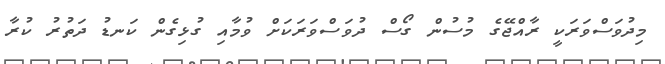
މިދުވަސްވަރަކީ ރާއްޖޭގެ މުސުން ގޯސް ދުވަސްވަރަކަށް ވުމާއި ގުޅިގެން ކަނޑު ދަތުރު ކުރާ